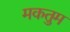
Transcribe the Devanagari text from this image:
मकतुम